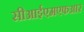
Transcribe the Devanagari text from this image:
सीआईएमएफआर